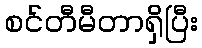
စင်တီမီတာရှိပြီး